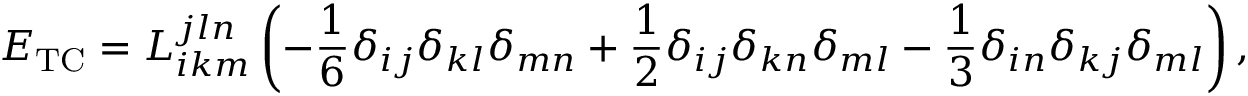
E _ { \mathrm { T C } } = L _ { i k m } ^ { j l n } \left( - \frac { 1 } { 6 } \delta _ { i j } \delta _ { k l } \delta _ { m n } + \frac { 1 } { 2 } \delta _ { i j } \delta _ { k n } \delta _ { m l } - \frac { 1 } { 3 } \delta _ { i n } \delta _ { k j } \delta _ { m l } \right) ,